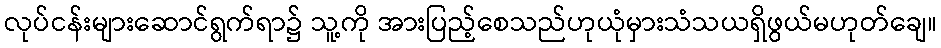
လုပ်ငန်းများဆောင်ရွက်ရာ၌ သူ့ကို အားပြည့်စေသည်ဟုယုံမှားသံသယရှိဖွယ်မဟုတ်ချေ။